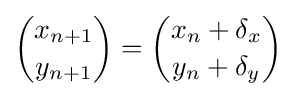
{x_{n+1} \choose y_{n+1}}={x_{n}+\delta _{x} \choose y_{n}+\delta _{y}}